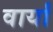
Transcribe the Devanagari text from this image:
वार्यां